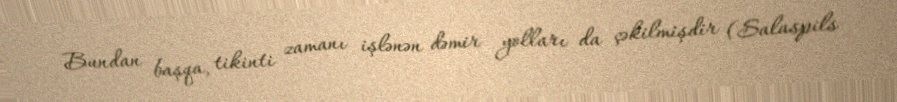
Bundan başqa, tikinti zamanı işlənən dəmir yolları da çəkilmişdir (Salaspils